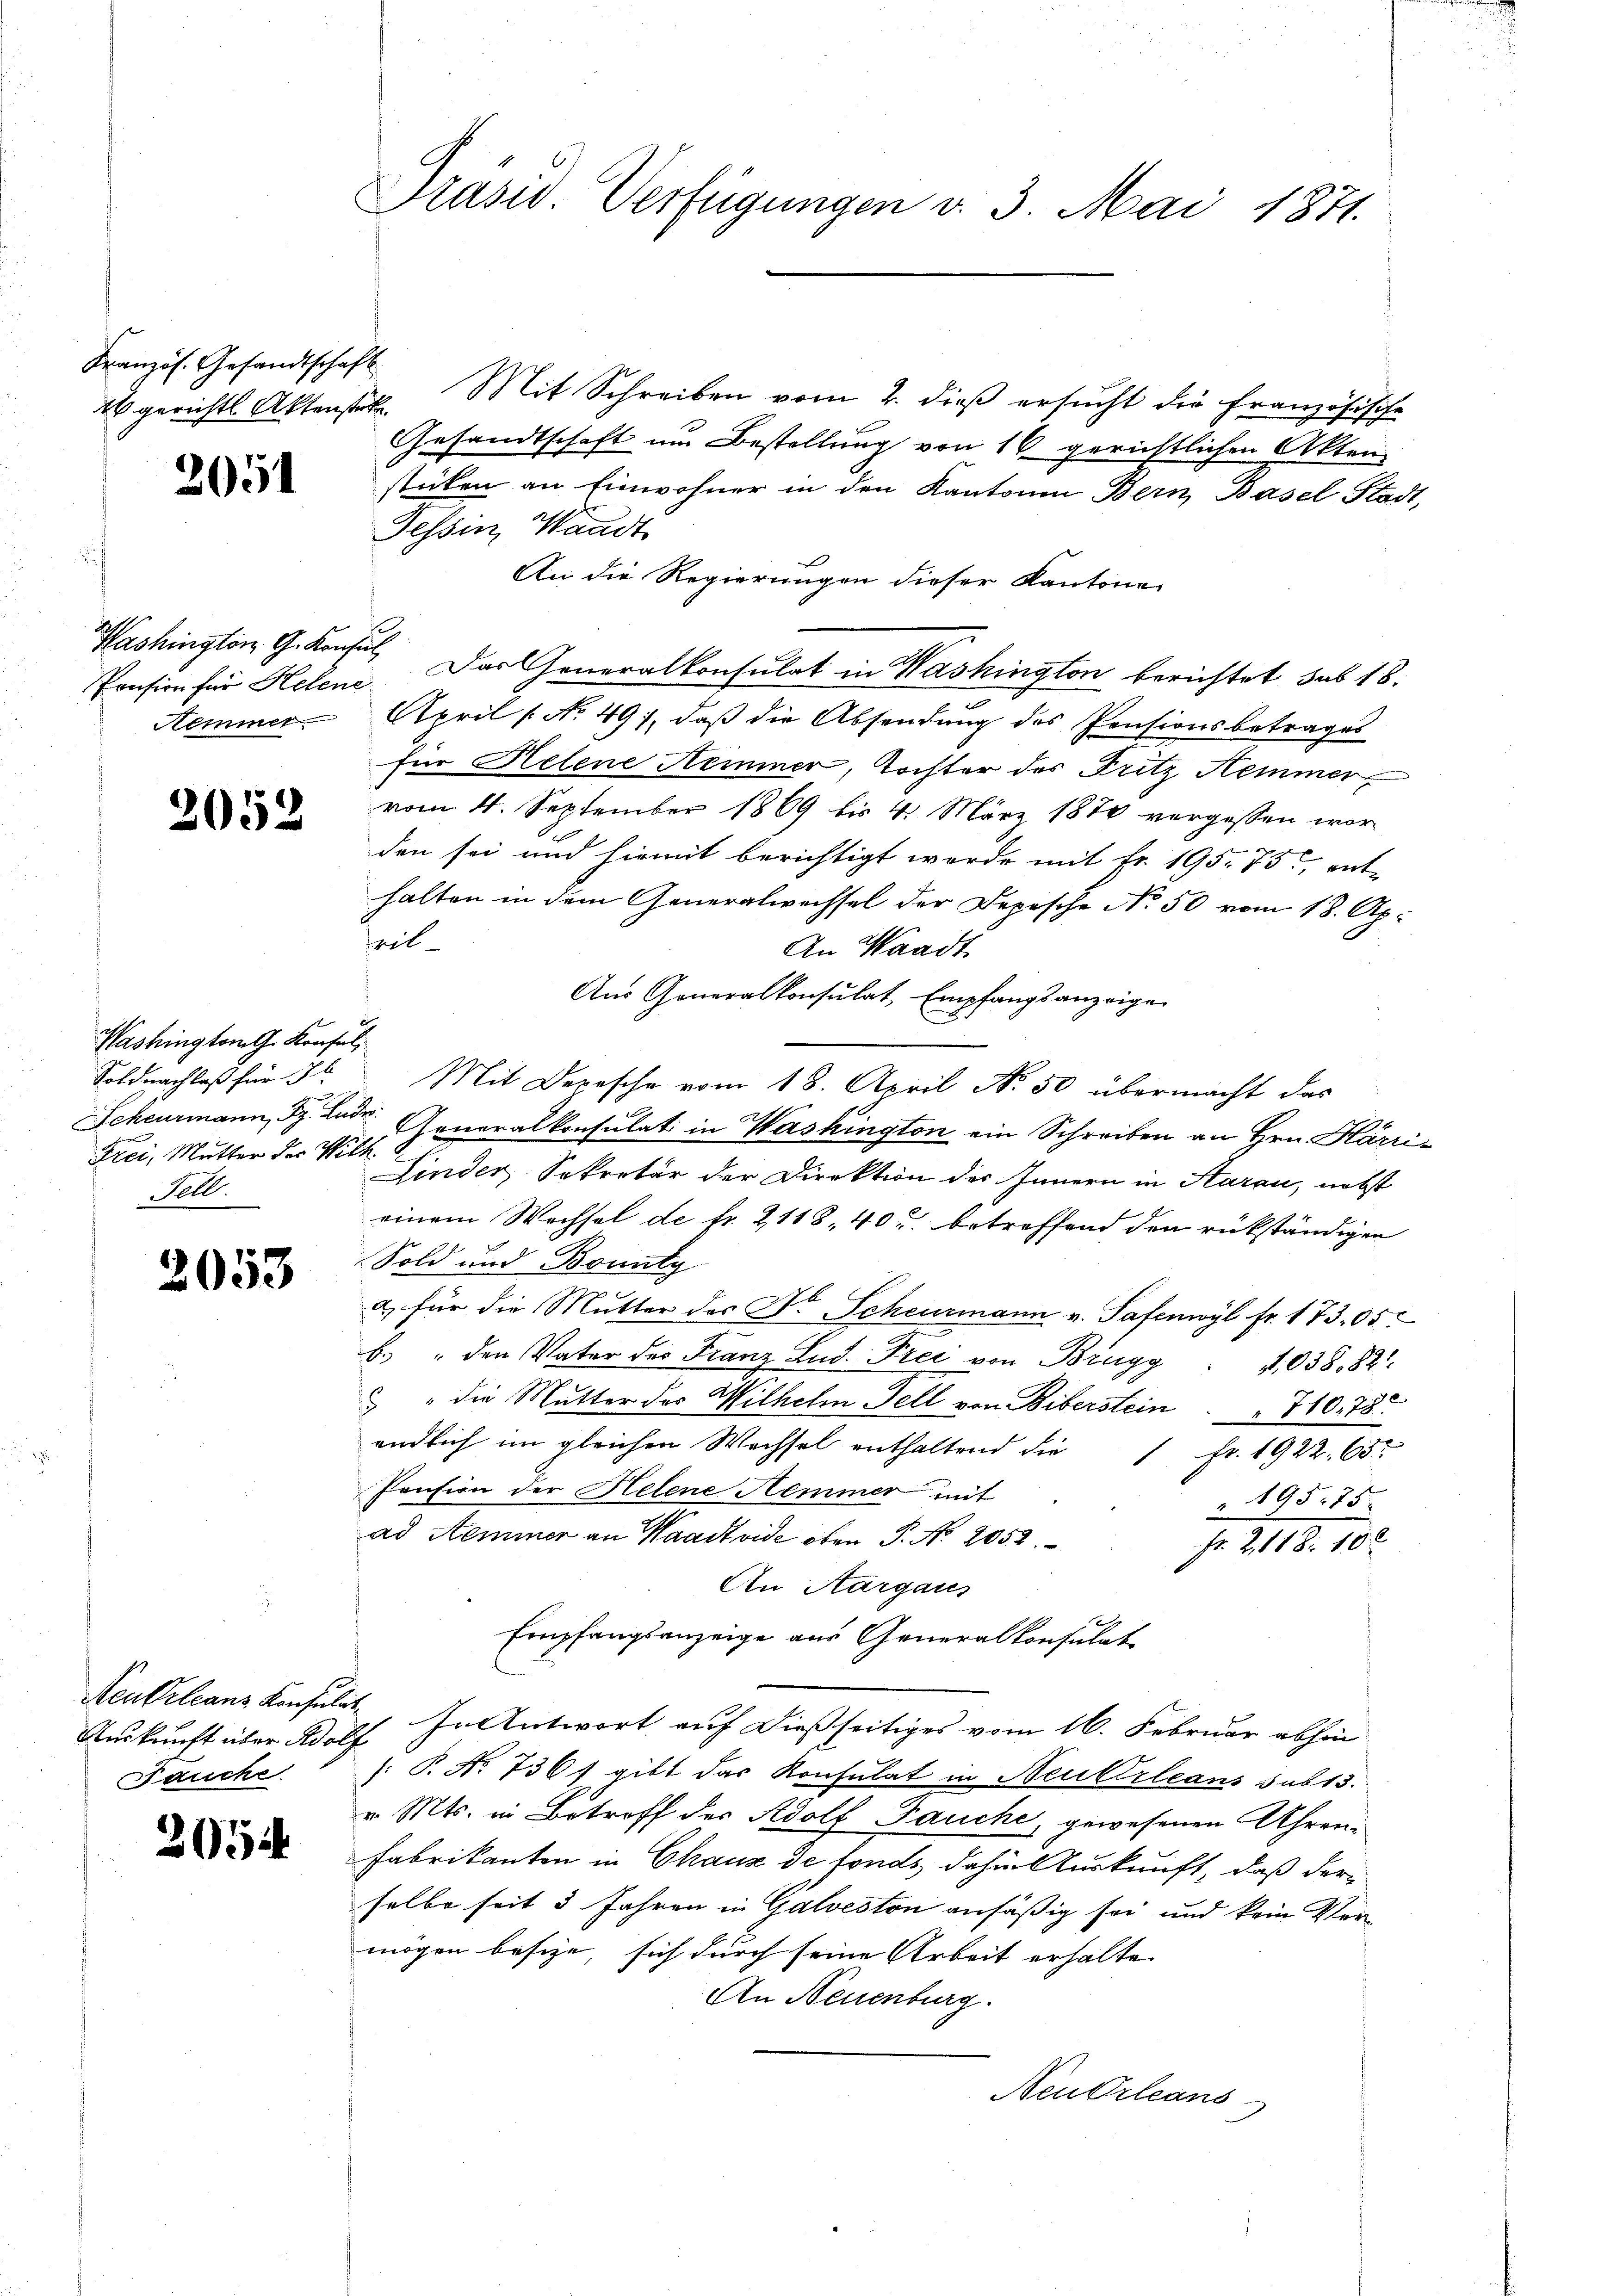
Französ. Gesandtschaft

2051

Pension für Helene
Nemmer

2052.

Washington G. Konsul,
Soldnachlaß für 7 l.
Frei, Mutter der Wilh
.

2053

Neukrleans Konsul
Auskunft über Wolf
Fauche

2054

Präsid. Verfügungen v. 3. Mai 1871.

ab gerichts Aktenstet. Mit Schreiben vom 2. dieß ersucht die Französische
Gesandtschaft um Bestellung von 16 gerichtlichen Akten
sticken an Einwohner in den Kantonen Bern, Basel-Stadt,
Tessin, Waadt
An die Regierungen dieser Kantone
Washington G. Konsul Das Generalkonsulat in Washington berichtet sub 18.
April [No 491, daß die Absendung des Pensionsbetrages
für Helene Hemmner, Tochter des Fritz Hemmer,
vom 4. September 1869 bis 4. März 1876 vergessen wor
den sei und hiemit berichtigt werde mit fr. 195. 75, ent-
halten in dem Generalwachsel der Depesche No 50 vom 18. Apr
eil
An Waadt
Aus Generalkonsulat, Empfangsanzeigen
Mit Depesche vom 18. April No 50 übermacht das
Scheurmann, z. Lade Generalkonsulat in Wershington ein Schreiben an Hrn. Härri¬
Linder Sekretär der Direktion des Innern in Aarau, nebst
einem Wechsel de fr. 2118, 40 u. betreffend den rükständigen
Sold und Bonity
a) für die Mutter des Dr Scheurmann v. Safenwyl fr. 173. 05
b.) " den Vater des Franz Lud. Frei von Brugg
1.038, 821.
" die Mutter des Wilhelm Fell von Biberstein " 710. 78
endlich im gleichen Wechsel enthaltend die 1 Fr. 1922. 65.
Pension der Helene Hemmer mit
195. 75.
ad Aeminer an Waadt vide oben P. No. 2052.
Fr. 2118. 10
An Aargaus
Empfangsanzeige aus Generalkonsulat
Tat, entwort auf dießseitiges vom 16. Februar abhin
: P. No. 736, gibt das Konsulat in Neukirleans sub 13.
v. Mts. in Betroff der Adolf Pauche, gewesenen Uhren¬
Fabrikanten in Chaux de fonds dahin Auskunft, daß der
selbe seit 3 Jahren in Galveston ansäßig sei und kein Ver-
mögen besize, sich durch seine Arbeit erhalte
An Neuenburg.
Neubrleans